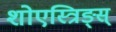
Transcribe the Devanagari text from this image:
शोएस्त्रिङ्स्